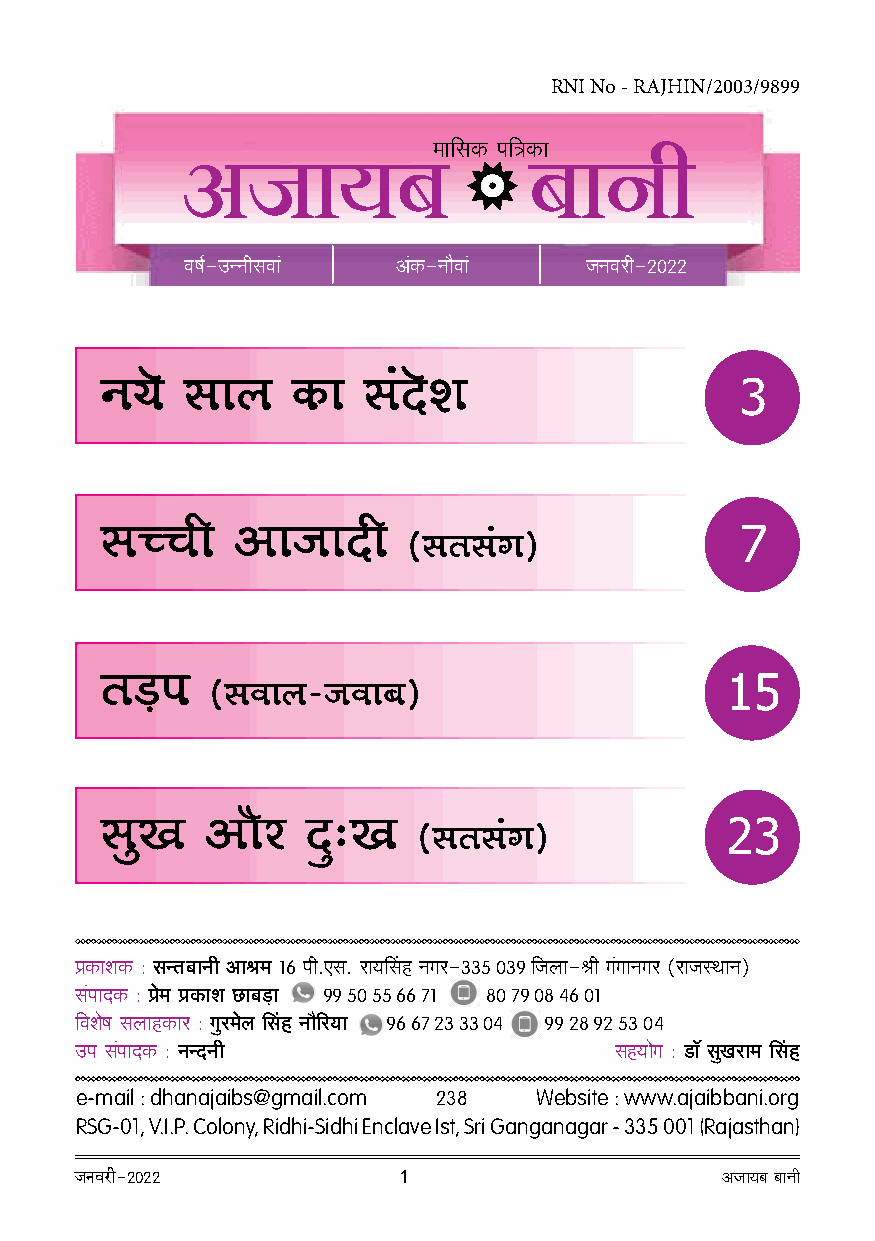
RNI No - RAJHIN/2003/9899
 ‘m{gH$ n{ÌH$m
 AOm¶~                  ~mZr
 df©-CÝZrgdm§  A§H$-Zm¡dm§  OZdar-2022
 Z¶o  gmb    H$m  g§Xoe                    3
 gÀMr    AmOmXr                            7
 (gVg§J)
 V‹S>n                                    15
 (gdmb-Odm~)
 gwI    Am¡a  Xþ…I                        23
 (gVg§J)
 àH$meH$ : gÝV~mZr Aml‘ 16 nr.Eg. am¶qgh ZJa-335 039 {Obm-lr J§JmZJa (amOñWmZ)
 g§nmXH$ : ào‘ àH$me N>m~‹S>m 99 50 55 66 71 80 79 08 46 01
 {deof gbmhH$ma : Jwa‘ob qgh Zm¡[a¶m 96 67 23 33 04 99 28 92 53 04
 Cn g§nmXH$ : ZÝXZr                  gh¶moJ : S>m° gwIam‘ qgh
 e-mail : dhanajaibs@gmail.com 238 Website : www.ajaibbani.org
 RSG-01, V.I.P. Colony, Ridhi-Sidhi Enclave Ist, Sri Ganganagar - 335 001 (Rajasthan)
 OZdar-2022           1                     AOm¶~ ~mZr